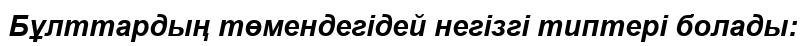
Бұлттардың төмендегідей негізгі типтері болады: